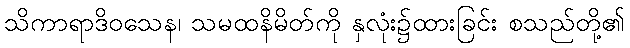
သိကာရာဒိဝသေန၊ သမထနိမိတ်ကို နှလုံး၌ထားခြင်း စသည်တို့၏